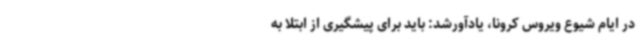
در ایام شیوع ویروس کرونا، یادآورشد: باید برای پیشگیری از ابتلا به